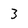
Character: 3